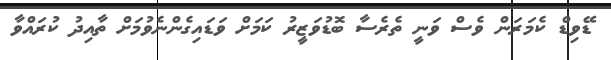
ޑޭވިޑް ކެމަރަން ވެސް ވަނީ ތެރެސާ ބޮޑުވަޒީރު ކަމަށް ވަޑައިގެންނެވުމަށް ތާއިދު ކުރައްވާ